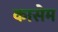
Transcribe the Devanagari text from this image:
कासेम